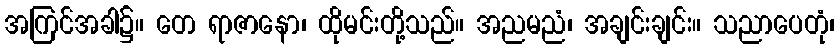
အကြင်အခါ၌။ တေ ရာဇာနော၊ ထိုမင်းတို့သည်။ အညမညံ၊ အချင်းချင်း။ သညာပေတုံ၊